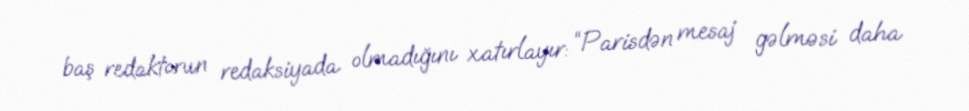
baş redaktorun redaksiyada olmadığını xatırlayır: “Parisdən mesaj gəlməsi daha